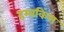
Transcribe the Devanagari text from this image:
हम्बकिंग